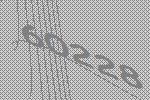
60228